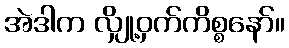
အဲဒါက လျှို့ဝှက်ကိစ္စနော်။